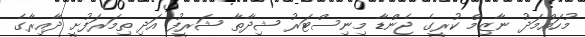
މުހައްމަދު ނާޒިމް ކުރީގެ ޖެންޑާ މިނިސްޓަރު ޝިދާތާ ޝަރީފު އަދި ތިމަރަފުށީ ދާއިރާގެ